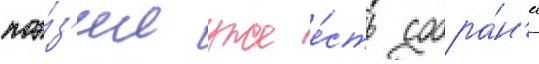
поэ́з'ии уже е́сть собра́н'ие